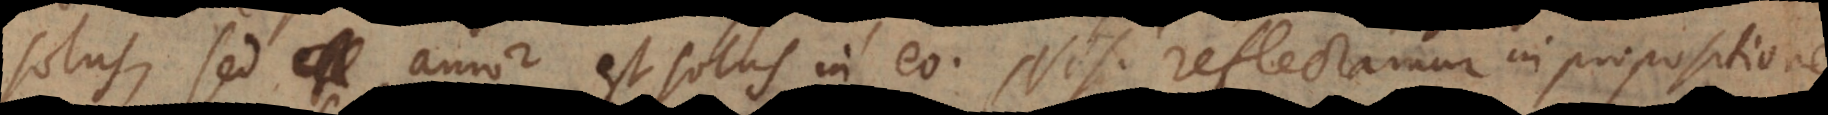
solus, sed amor est solus in eo. Nisi reflectamur in propositiones